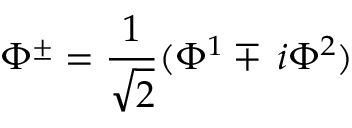
\Phi ^ { \pm } = \frac { 1 } { \sqrt { 2 } } ( \Phi ^ { 1 } \mp \, i \Phi ^ { 2 } )